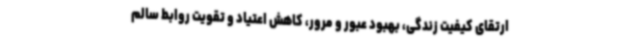
ارتقای کیفیت زندگی، بهبود عبور و مرور، کاهش اعتیاد و تقویت روابط سالم